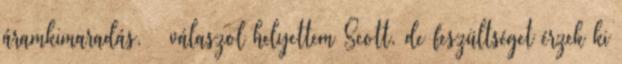
áramkimaradás. – válaszol helyettem Scott, de feszültséget érzek ki